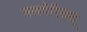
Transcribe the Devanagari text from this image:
वलगेरिसश्